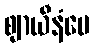
ဈာယီနံပေ